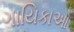
ગાયિકાઓ